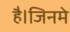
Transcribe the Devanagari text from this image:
है।जिनमे